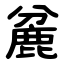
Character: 麄